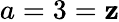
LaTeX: a=3=\mathbf{z}